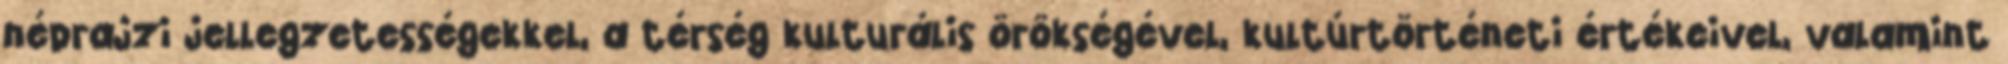
néprajzi jellegzetességekkel, a térség kulturális örökségével, kultúrtörténeti értékeivel, valamint